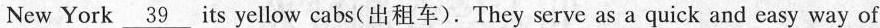
New York \underline{39} its yellow cabs(出租车).They serve as a quick and easy way of